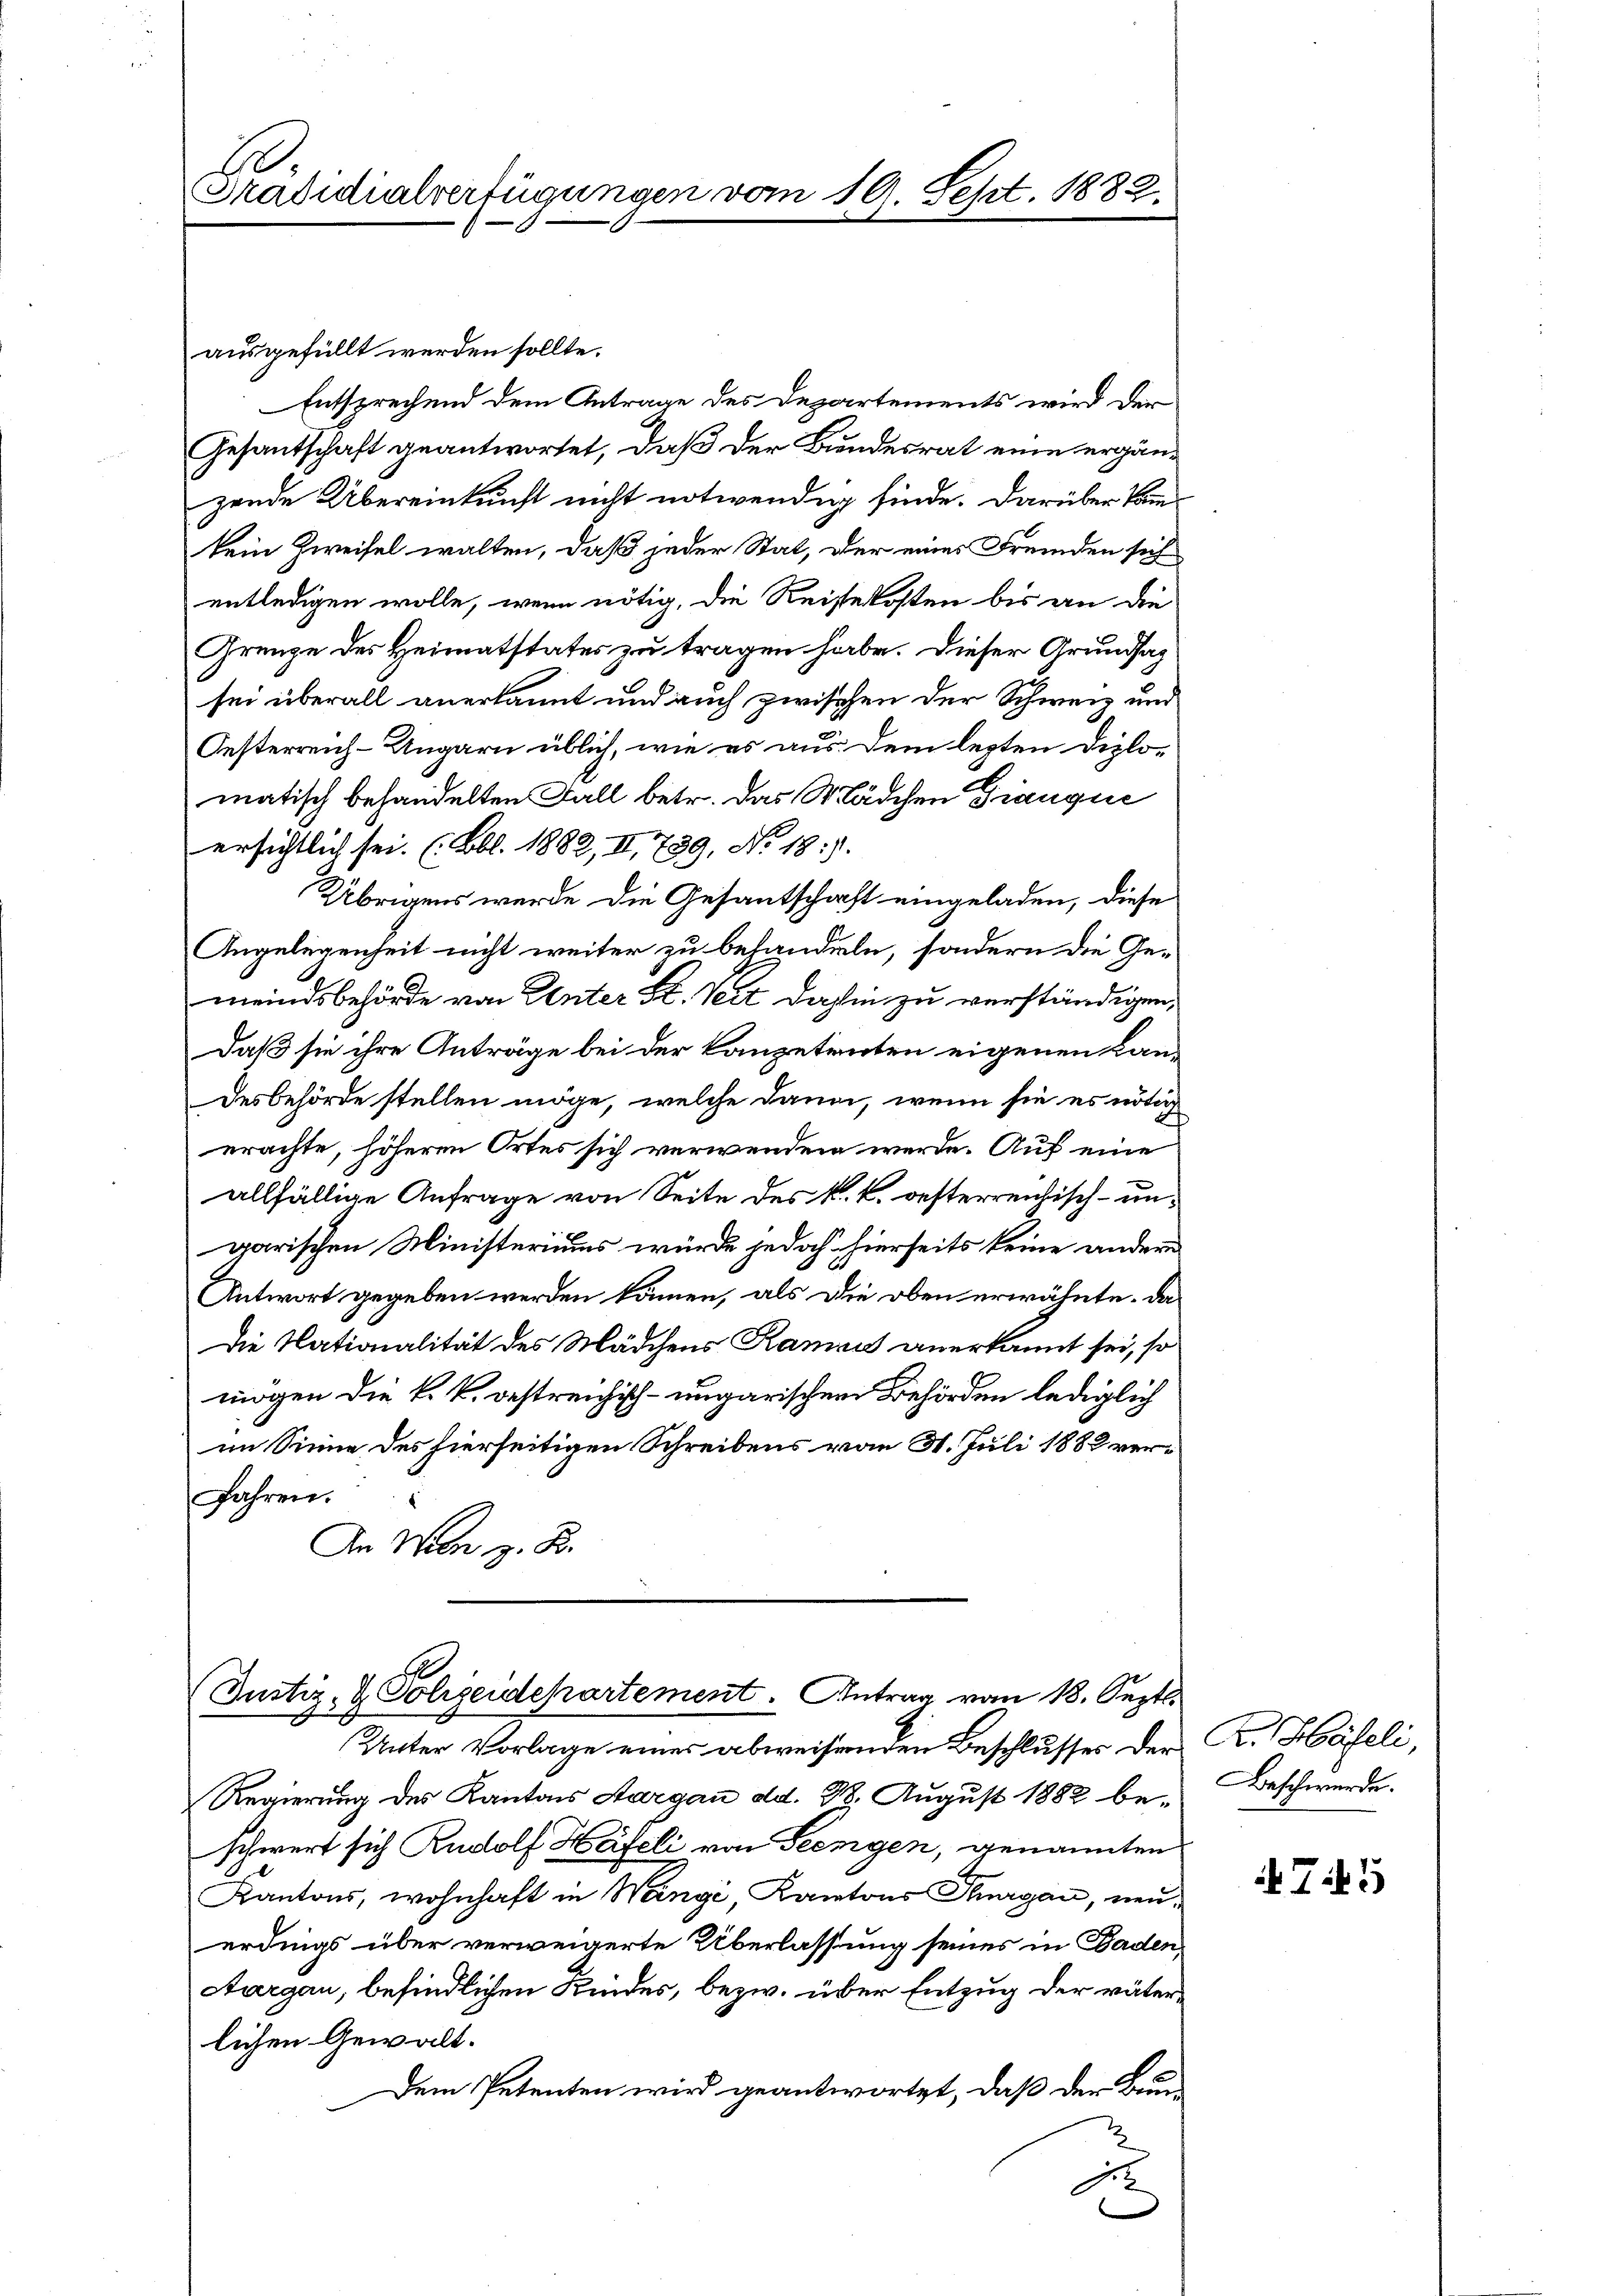
Präsidialverfügungen vom 19. Sept. 1882.

ausgefüllt werden sollte.
Entsprechend dem Antrage des Departements wird der
Gesantschaft geantwortet, daß der Bundesrat eine ergänzende Übereinkunft nicht notwendig finde. Darüber kam
kein Zweifel walten, daß jeder Stat, der eines Fremden sich
entledigen wolle, wenn nötig, die Reisekosten bis an die
Grenze des Heimatstates zu tragen habe. Dieser Grundsatz
sei überall anerkannt und auch zwischen der Schweiz und
Oesterreich-Ungarn üblich, wie es aus. Dem lezten Diplo-
matisch behandelten Fall betr. das Mädchen Granque
ersichtlich sei. (Bbl. 1882, II, 789, No. 18:).
Übrigens wurde die Gesantschaft eingeladen, diese
Angelegenheit nicht weiter zu behandeln, sondern die Ge-
meindsbehörde von Unter St. Veit dahin zu verständigen,
daß sie ihre Anträge bei der Kanzetenten eigenen Landesbehörde stellen möge, welche dann, wenn sie es nötig
erachte, höheren Ortes sich verwenden werde. Auf eine
allfällige Anfrage von Seite des k. k. oesterrentisch- ungarischen Ministeriums würde jedoch hierseits keine andern
Antwort gegeben werden können, als die oben erwähnte. Da
Die Nationalität des Mädchens Raman anerkannt sei, so
mögen die k. k. oestreichisch-ungarischen Behörden lediglich
im Sinne des hierseitigen Schreibens vom 31. Juli 1882 verfahren.
An Wer z. B.

(Justiz- & Polizeidepartement. Antrag vom 18. Sept.

Unter Vorlage eines abweisenden Beschlusser der K. Haseli,
Regierung des Kantons Aargau dd. 38. August 1882 be-Beschwerde.
schwert sich Rudolf Häfeli von Seengen, genannten
Kantons, wohnhaft in Wangi, Kantons Thurgau, neuerdings über verweigerte Überlassung seines in Baden,
Aargau, befindlichen Kindes, bezw. über Entzug der väterlichen Gewalt.
Dem Petenten wird geantwortet, daß der Brun
d

T5